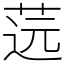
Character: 䓕